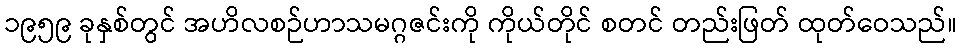
၁၉၅၉ ခုနှစ်တွင် အဟိလစဉ်ဟာသမဂ္ဂဇင်းကို ကိုယ်တိုင် စတင် တည်းဖြတ် ထုတ်ဝေသည်။